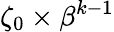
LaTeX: \zeta_{0}\times\beta^{k-1}